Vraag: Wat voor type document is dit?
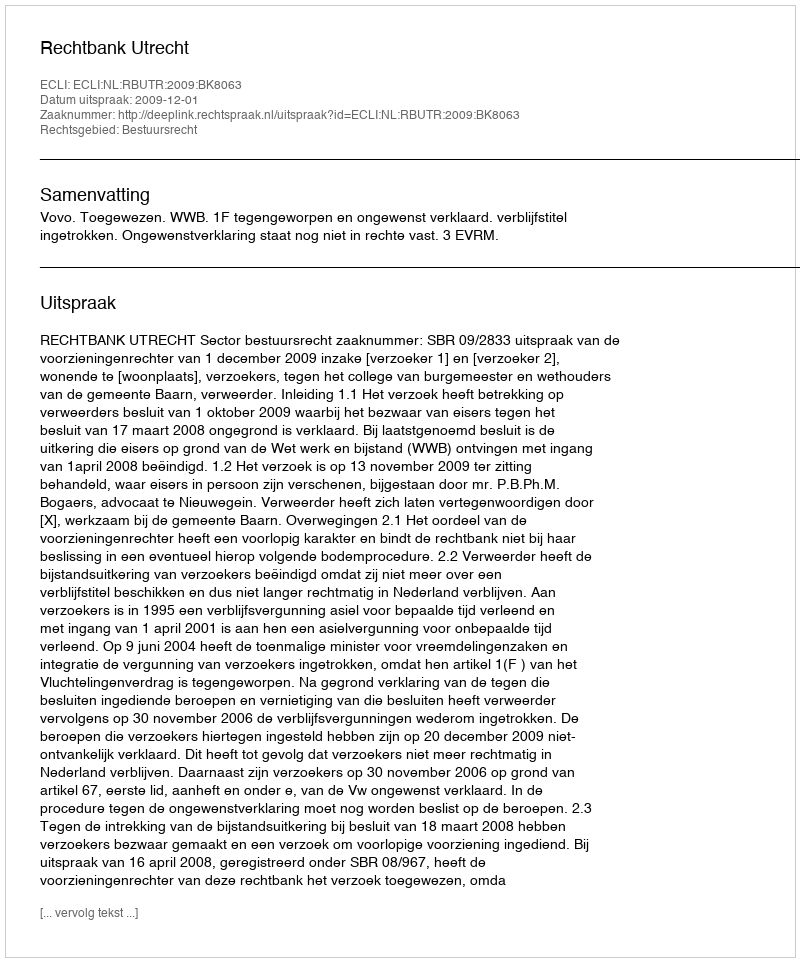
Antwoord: Uitspraak